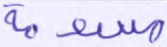
مسومة